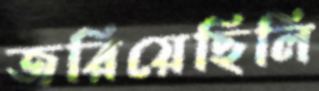
জরিয়েছিলি